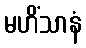
မဟိံသာနံ